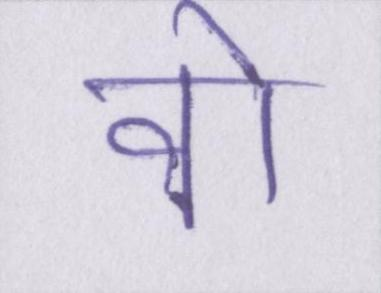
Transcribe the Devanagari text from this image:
वो